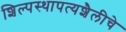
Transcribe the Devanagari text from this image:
शिल्पस्थापत्यशैलीचे